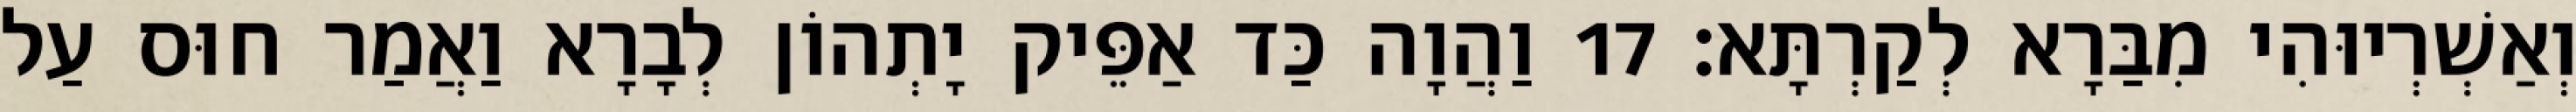
וְאַשְׁרְיוּהִי מִבַּרָא לְקַרְתָּא׃ 17 וַהֲוָה כַּד אַפֵּיק יָתְהוֹן לְבָרָא וַאֲמַר חוּס עַל